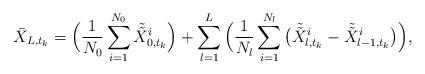
LaTeX: \begin{align*}\bar{X}_{L,t_{k}}=\Big(\frac{1}{N_{0}}\sum^{N_{0}}_{i=1}\tilde{\tilde{X}}_{0,t_{k}}^{i}\Big)+\sum^{L}_{l=1}\Big(\frac{1}{N_{l}}\sum^{N_{l}}_{i=1}\big(\tilde{\tilde{X}}_{l,t_{k}}^{i}-\tilde{\tilde{X}}_{l-1,t_{k}}^{i}\big)\Big),\end{align*}